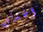
اخذتي